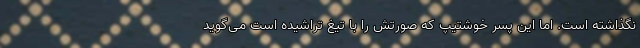
نگذاشته است. اما این پسر خوشتیپ که صورتش را با تیغ تراشیده است می‌گوید